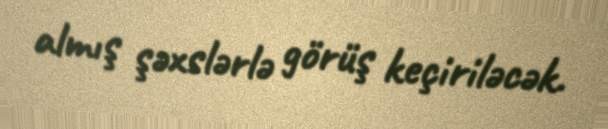
almış şəxslərlə görüş keçiriləcək.